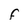
Character: F